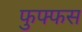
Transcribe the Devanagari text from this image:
फुफ्फस